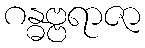
ဂန္ဓဗ္ဗရာဇာ